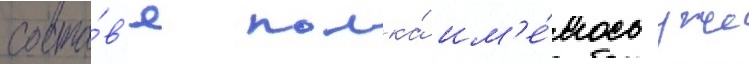
соста́в'е полка́ им'е́лось уже